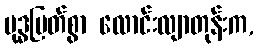
ဗုဒ္ဓမြတ်စွာ လောင်းလျာတုန်းက,